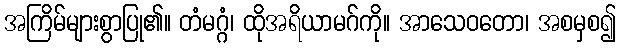
အကြိမ်များစွာပြု၏။ တံမဂ္ဂံ၊ ထိုအရိယာမဂ်ကို။ အာသေဝတော၊ အစမှစ၍